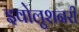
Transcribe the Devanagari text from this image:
इवोलुशनरी